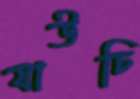
যাউচি